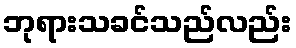
ဘုရားသခင်သည်လည်း